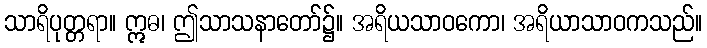
သာရိပုတ္တရာ။ ဣဓ၊ ဤသာသနာတော်၌။ အရိယသာဝကော၊ အရိယာသာဝကသည်။